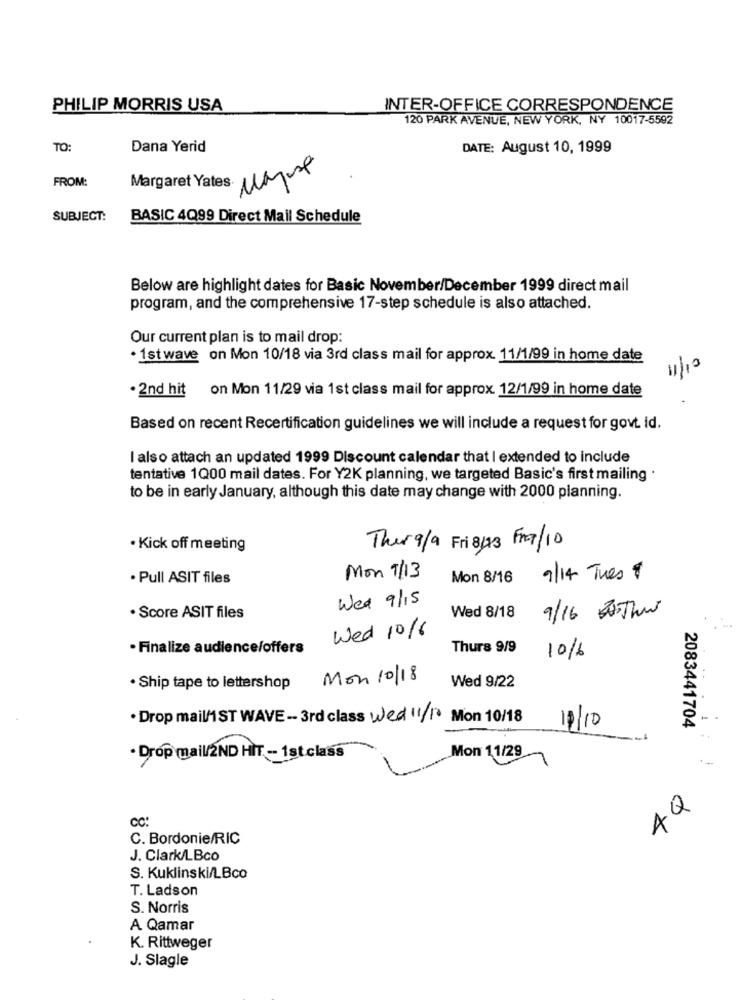
PHILIP MORRIS USA
INTER-OFFICE CORRESPONDENCE
120 PARK AVENUE, NEW YORK, NY 10017-5592
TO:
Dana Yerid
DATE: August 10, 1999
FROM:
SUBJECT:
BASIC 4Q99 Direct Mail Schedule
Below are highlight dates for Basic November/December 1999 direct mail
program, and the comprehensive 17-step schedule is also attached.
Our current plan is to mail drop:
· 1st wave on Mon 10/18 via 3rd class mail for approx. 11/1/99 in home date
11/10
· 2nd hit on Mon 11/29 via 1st class mail for approx. 12/1/99 in home date
Based on recent Recertification guidelines we will include a request for govt. id.
I also attach an updated 1999 Discount calendar that | extended to include
tentative 1Q00 mail dates. For Y2K planning, we targeted Basic's first mailing ·
to be in early January, although this date may change with 2000 planning.
· Kick off meeting
Thurala Fri 813 Fra/10
· Pull ASIT files
Mon 7/13
Mon 8/16
9/14 Tues $
Wed 9/15
9/16 20This
· Score ASIT files
Wed 8/18
Wed 10%
· Finalize audience/offers
Thurs 9/9
10/6
Mon 10/18
Wed 9/22
. Ship tape to lettershop
. Drop mail/1ST WAVE- 3rd class Wed 11/10 Mon 10/18
10/10
2083441704
Mon 11/29
· Drop mail/2ND HIT - 1st class
4Q
CC:
C. Bordonie/RIC
J. Clark/LBco
S. Kuklinski/LBco
T. Ladson
S. Norris
A Qamar
K. Rittweger
J. Slagle